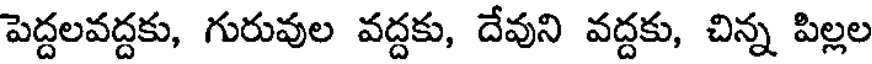
పెద్దలవద్దకు, గురువుల వద్దకు, దేవుని వద్దకు, చిన్న పిల్లల